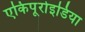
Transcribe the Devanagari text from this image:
एकिपूरोइडिया